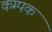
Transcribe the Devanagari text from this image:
कम्पक